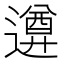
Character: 𨗕